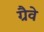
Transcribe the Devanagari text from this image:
ग्रैवे